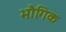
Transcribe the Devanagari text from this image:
भौगिक